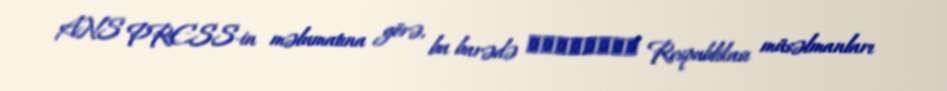
ANS PRESS-in məlumatına görə, bu barədə Мордовия Respublikası müsəlmanları